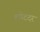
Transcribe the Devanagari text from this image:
लपेटदर